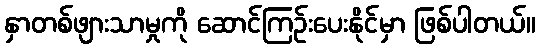
နှာတစ်ဖျားသာမှုကို ဆောင်ကြဉ်းပေးနိုင်မှာ ဖြစ်ပါတယ်။